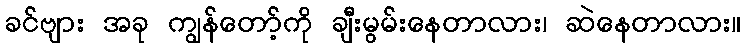
ခင်ဗျား အခု ကျွန်တော့်ကို ချီးမွမ်းနေတာလား၊ ဆဲနေတာလား။